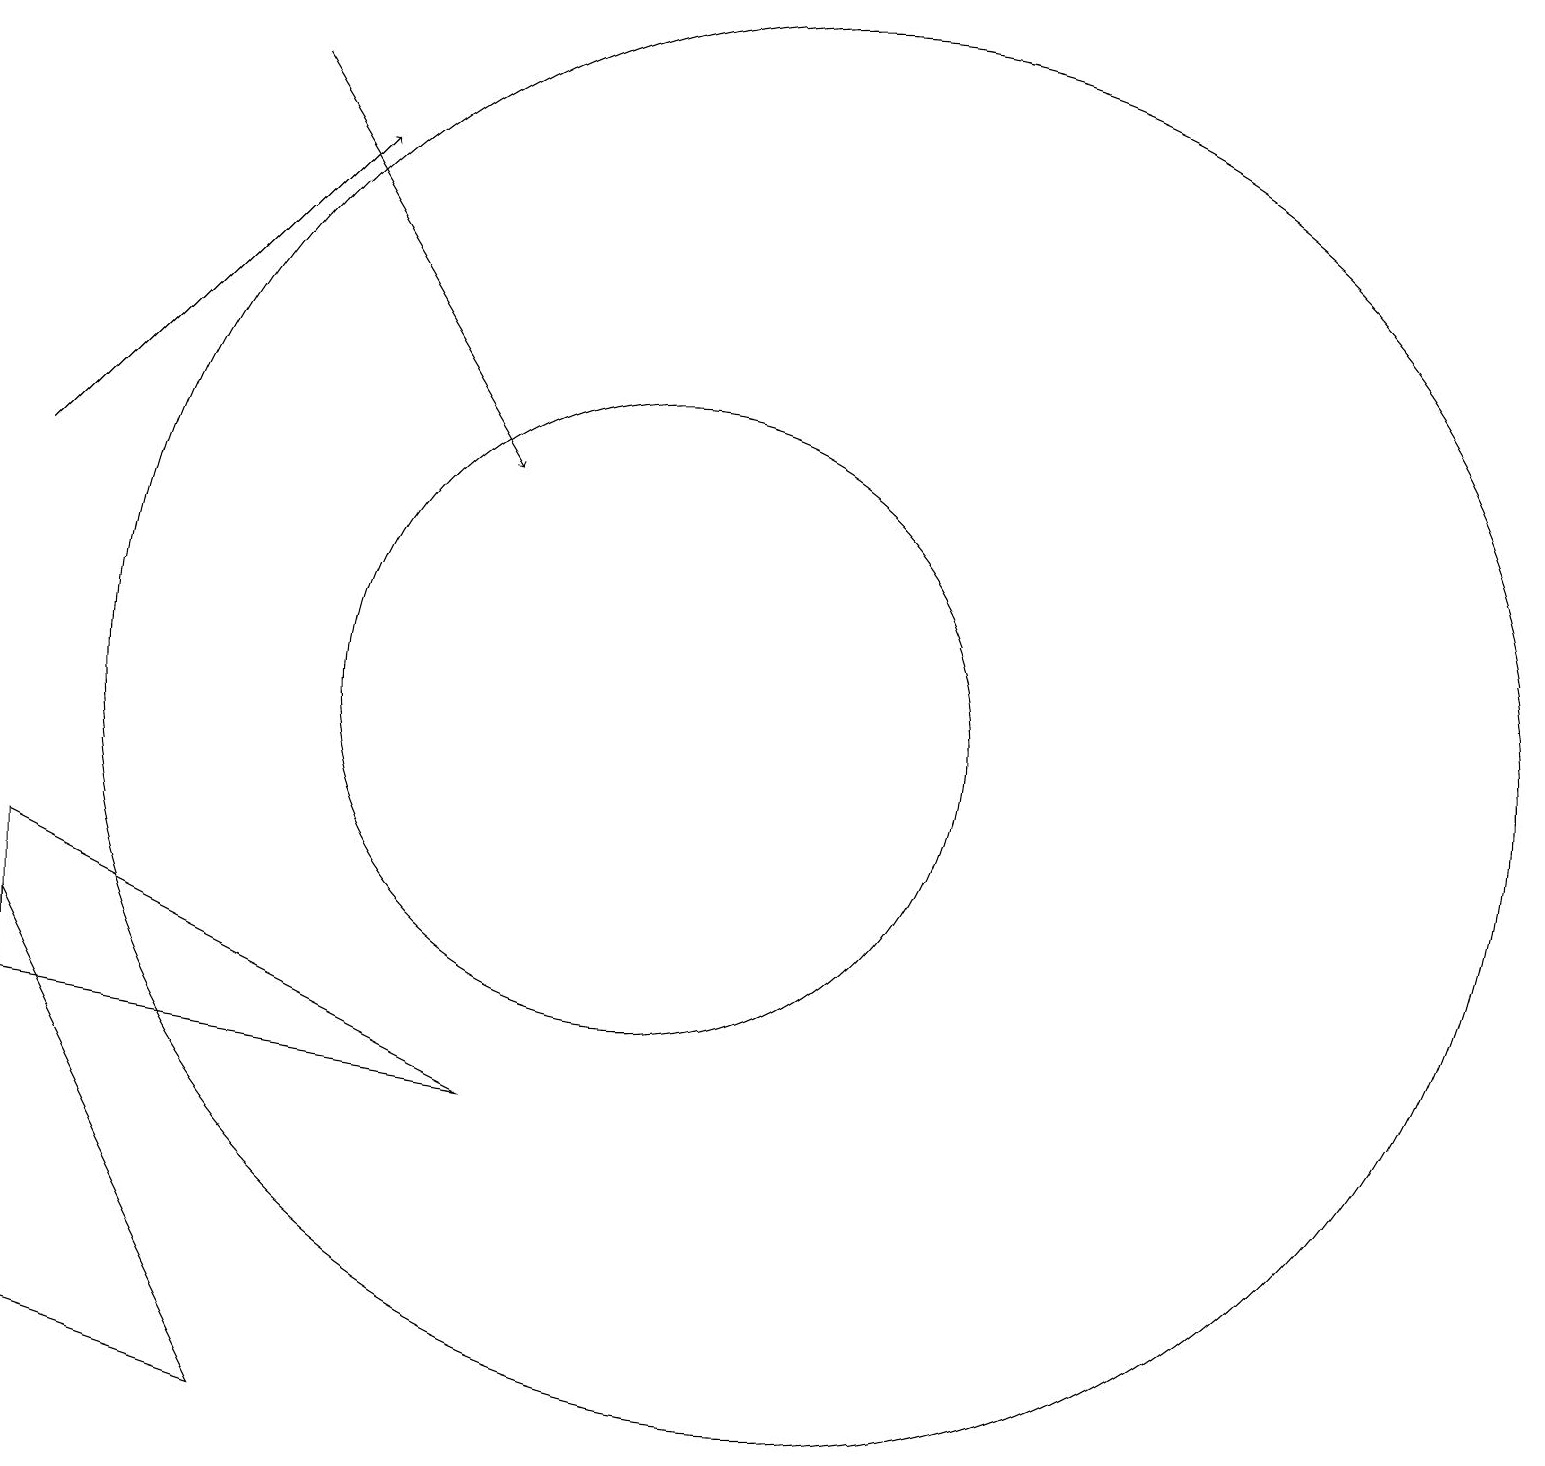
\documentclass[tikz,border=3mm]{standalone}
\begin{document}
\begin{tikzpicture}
\draw[->] (2,14) -- (6,18);
\draw (2,8) -- (2,3) -- (5,2) -- cycle;
\draw (10,11) circle (4);
\draw (2,7) -- (8,6) -- (2,9) -- cycle;
\draw[->] (5,19) -- (8,14);
\draw (12,11) circle (9);
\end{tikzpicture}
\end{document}